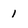
Character: 1